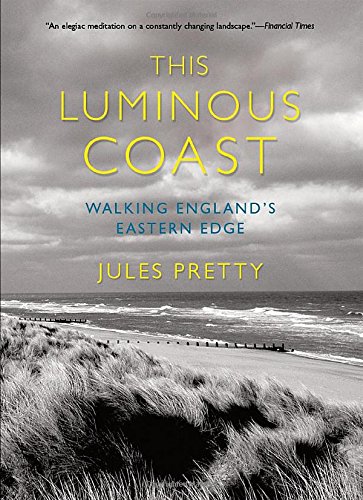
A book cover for This Luminous Coast: Walking England's Eastern Edge; Jules Pretty; Science & Math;